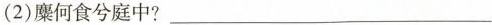
(2)麋何食兮庭中?___